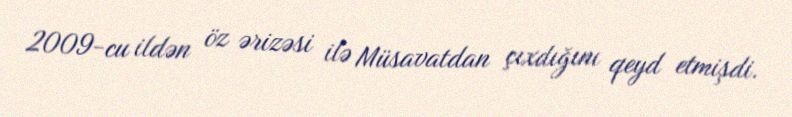
2009-cu ildən öz ərizəsi ilə Müsavatdan çıxdığını qeyd etmişdi.